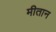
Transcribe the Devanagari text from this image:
मीतान